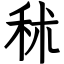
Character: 秫